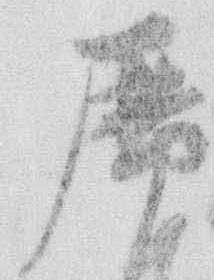
歴